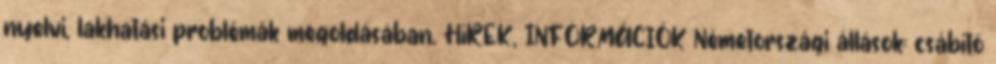
nyelvi, lakhatási problémák megoldásában. HíREK, INFORMÁCIÓK Németországi állások: csábító